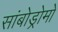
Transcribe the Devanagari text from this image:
सांबोड्रोमो